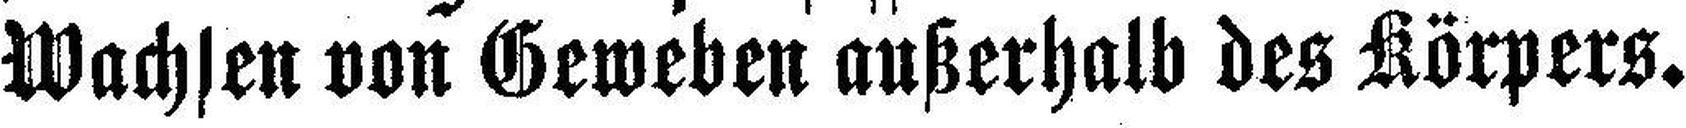
Wachsen von Geweben außerhalb des Körpers.